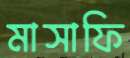
মাসাফি